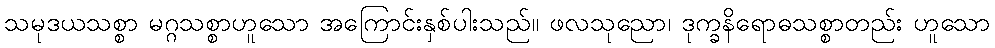
သမုဒယသစ္စာ မဂ္ဂသစ္စာဟူသော အကြောင်းနှစ်ပါးသည်။ ဖလသုညော၊ ဒုက္ခနိရောဓသစ္စာတည်း ဟူသော